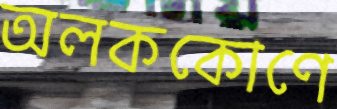
অলককোণে